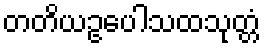
တတိယဥပေါသထသုတ္တံ